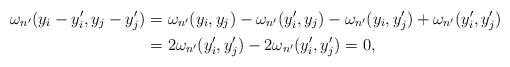
LaTeX: \begin{align*}\omega_{n'}(y_i - y_i',y_j-y_j') &= \omega_{n'}(y_i,y_j) - \omega_{n'}(y_i',y_j) - \omega_{n'}(y_i,y_j') + \omega_{n'}(y_i',y_j')\\&= 2 \omega_{n'}(y_i',y_j') - 2 \omega_{n'}(y_i',y_j') = 0,\end{align*}